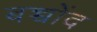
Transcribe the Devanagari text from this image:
बच्चोंद